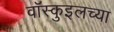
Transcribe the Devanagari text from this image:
वॉस्कुइलच्या